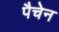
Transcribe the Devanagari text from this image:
पैचेन